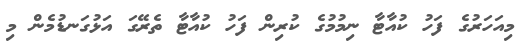
މިއަހަރުގެ ފަހު ކުއާޓާ ނިމުމުގެ ކުރިން ފަހު ކުއާޓާ ތެރޭގަ އަޅުގަނޑުމެން މި